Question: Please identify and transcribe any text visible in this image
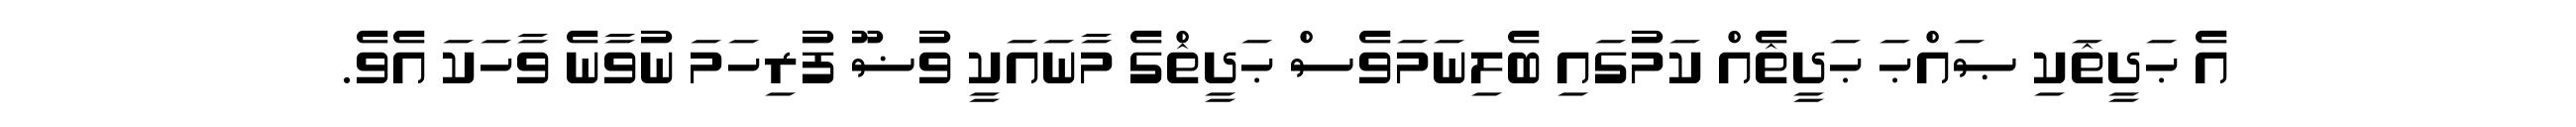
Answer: އެ ޙަދީޘަކި ޞައްޙަ ޙަދީޘެއް ކަމުގައި ބެލިނަމަވެސް ޙަދީޘްގެ މާނައަކީ ވުޟޫ ފުރިހަމަ ނުވާނެ ވާހަކަ އެވެ.